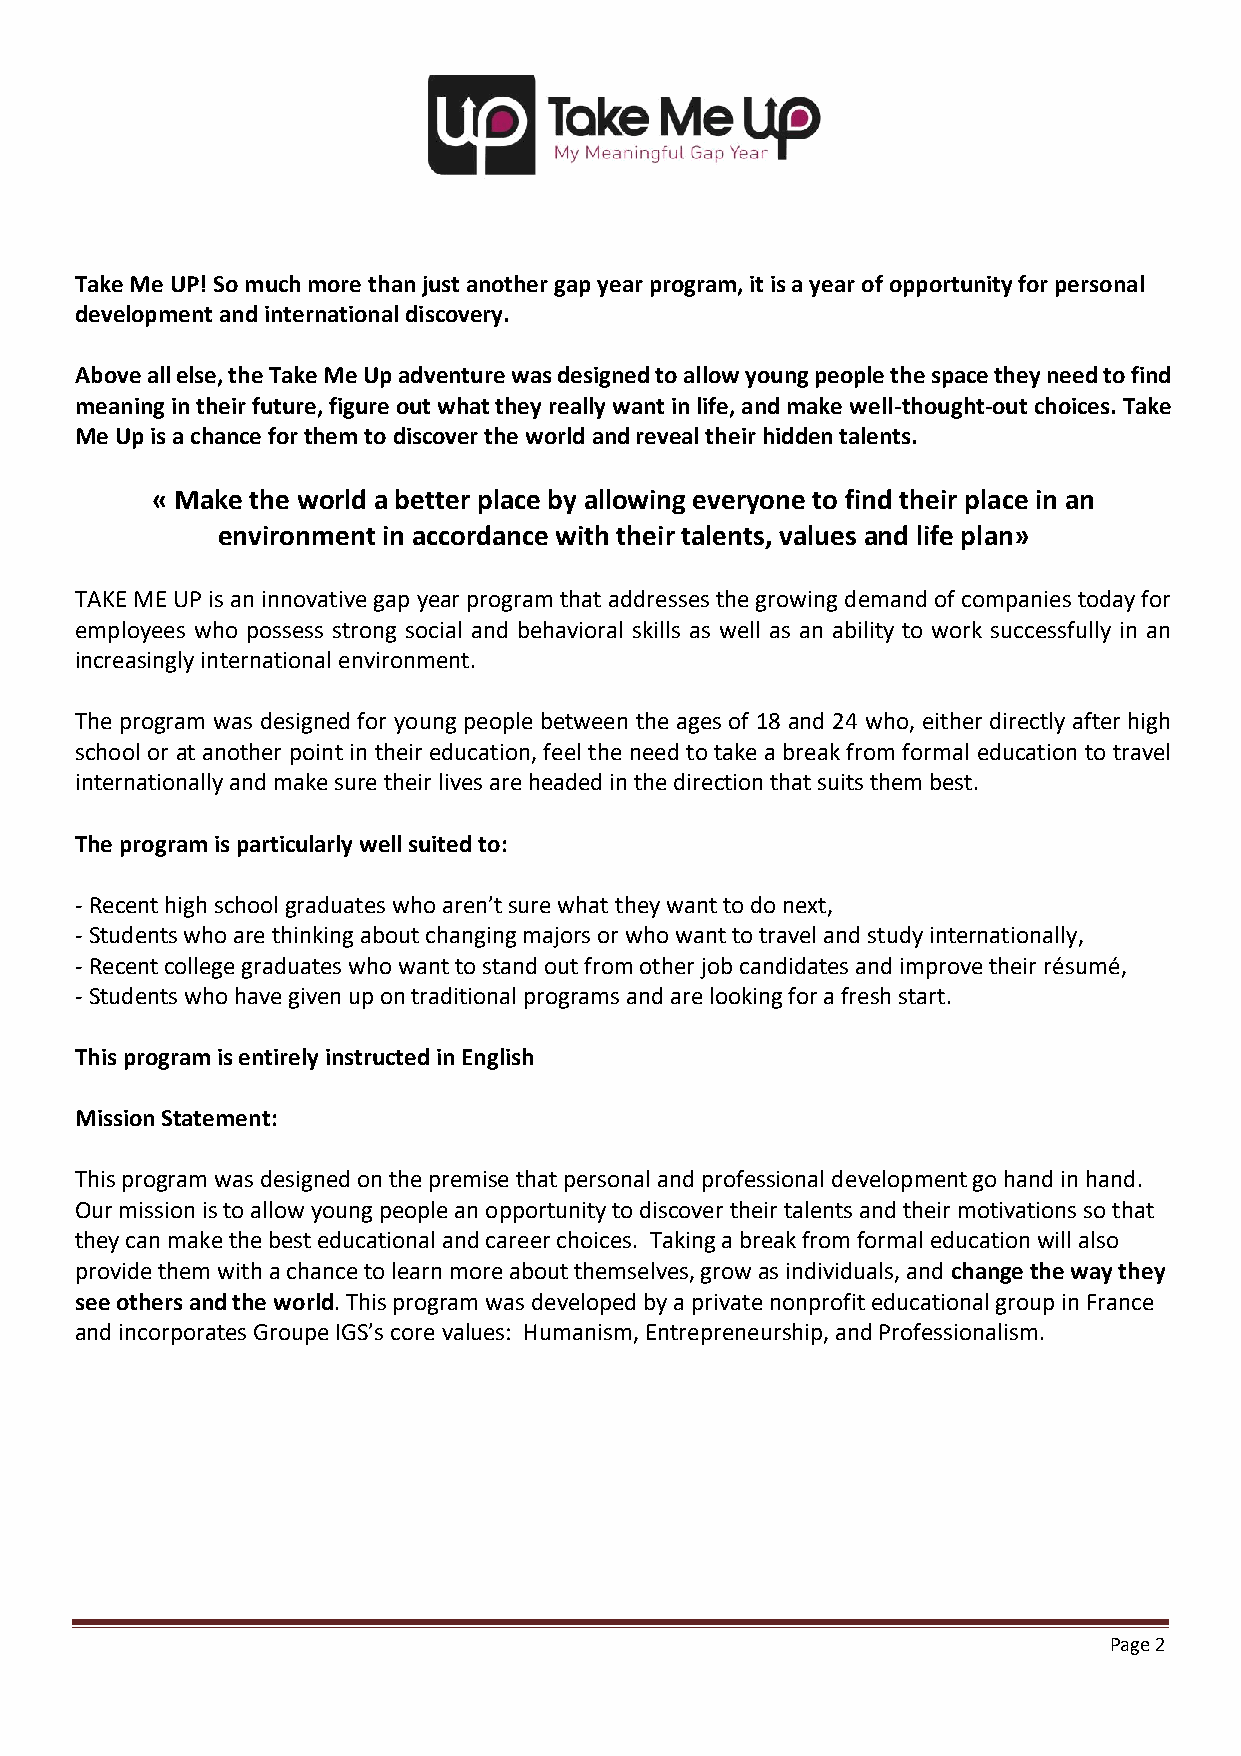
Take Me UP! So much more than just another gap year program, it is a year of opportunity for personal
 development and international discovery.
 Above all else, the Take Me Up adventure was designed to allow young people the space they need to find
 meaning in their future, figure out what they really want in life, and make well-thought-out choices. Take
 Me Up is a chance for them to discover the world and reveal their hidden talents.
 « Make the world a better place by allowing everyone to find their place in an
 environment in accordance with their talents, values and life plan»
 TAKE ME UP is an innovative gap year program that addresses the growing demand of companies today for
 employees who possess strong social and behavioral skills as well as an ability to work successfully in an
 increasingly international environment.
 The program was designed for young people between the ages of 18 and 24 who, either directly after high
 school or at another point in their education, feel the need to take a break from formal education to travel
 internationally and make sure their lives are headed in the direction that suits them best.
 The program is particularly well suited to:
 - Recent high school graduates who aren’t sure what they want to do next,
 - Students who are thinking about changing majors or who want to travel and study internationally,
 - Recent college graduates who want to stand out from other job candidates and improve their résumé,
 - Students who have given up on traditional programs and are looking for a fresh start.
 This program is entirely instructed in English
 Mission Statement:
 This program was designed on the premise that personal and professional development go hand in hand.
 Our mission is to allow young people an opportunity to discover their talents and their motivations so that
 they can make the best educational and career choices. Taking a break from formal education will also
 provide them with a chance to learn more about themselves, grow as individuals, and change the way they
 see others and the world. This program was developed by a private nonprofit educational group in France
 and incorporates Groupe IGS’s core values: Humanism, Entrepreneurship, and Professionalism.
 Page 2